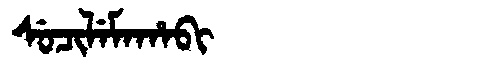
Manchu: ᠰᡠᠴᡳᠯᡝᠮᠠᡥᠠᠪᡳ
Romanization: SUCILEMAHABI